Report of the Indian Hemp Drugs Commission, 1894-1895 - Volume VI
Year: 1894
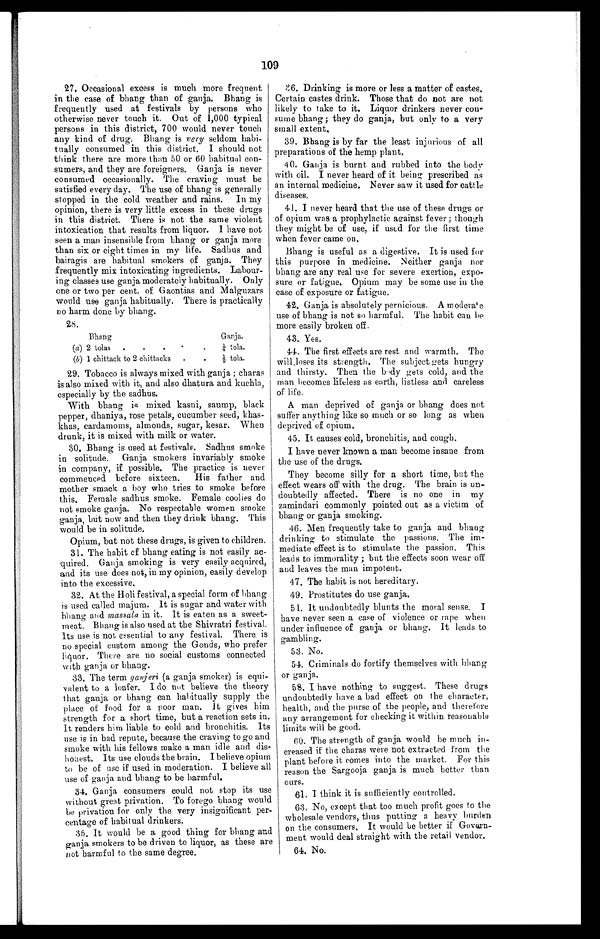
109
27. Occasional excess is much more frequent
in the case of bhang than of ganja. Bhang is
frequently used at festivals by persons who
otherwise never touch it. Out of 1,000 typical
persons in this district, 700 would never touch
any kind of drug. Bhang is very seldom habi
- t u a l l y c o n s u m e d i n t h i s d i s t r i c t . I s h o u l d n o t
think there are more than 50 or 60 habitual con
- s u m e r s , a n d t h e y a r e f o r e i g n e r s . G a n j a i s n e v e r
consumed occasionally. The craving must be
satisfied every day. The use of bhang is generally
stopped in the cold weather and rains. In my
opinion, there is very little excess in these drugs
in this district. There is not the same violent
intoxication that results from liquor. I have not
s e e n a ma n i n s e n s i b l e f r o m b h a n g o r g a n j a mo r e
than six or eight times in my life. Sadhus and
bairagis are habitual smokers of ganja. They
frequently mix intoxicating ingredients. Labour
- i n g c l a s s e s u s e g a n j a m o d e r a t e l y h a b i t u a l l y . O n l y
one or two per cent. of Gaontias and Malguzars
would use ganja habitually. There is practically
no harm done by bhang.
28.
Bhang
Ganja.
(a) 2 tolas
1/4 tola.
(b) 1 chittack to 2 chittacks 1/2 tola.
29. Tobacco is always mixed with ganja; charas
is also mixed with it and also dhatura and kuchla,
especially by the sadhus.
With bhang is mixed kasni, saump, black
pepper, dhaniya, rose petals, cucumber seed, khas
- k h a s , c a r d a m o m s , a l m o n d s , s u g a r , k e s a r . W h e n
drunk, it is mixed with milk or water.
30. Bhang is used at festivals. Sadhus smoke
in solitude. Ganja smokers invariably smoke
in company, if possible. The practice is never
commenced before sixteen. His father and
mother smack a boy who tries to smoke before
this. Female sadhus smoke. Female coolies do
not smoke ganja. No respectable women smoke
ganja, but now and then they drink bhang. This
would be in solitude.
Opium, but not these drugs, is given to children.
31. The habit of bhang eating is not easily ac
- q u i r e d . G a n j a s m o k i n g i s v e r y e a s i l y a c q u i r e d ,
and i t s use does not , i n my opi ni on, easi l y devel op
into the excessive.
32. At the Holi festival, a special form of bhang
is used called majum. It is sugar and water with
bhang and massalain it. It is eaten as a sweet
- m e a t . B h a n g i s a l s o u s e d a t t h e S h i v r a t r i f e s t i v a l .
Its use is not essential to any festival. There is
no special custom among the Gonds, who prefer
liquor. There are no social customs connected
with ganja or bhang.
33. The term ganj er i (a ganja smoker) is equi
- v a l e n t t o a l o a f e r . I d o n o t b e l i e v e t h e t h e o r y
that ganja or bhang can habitually supply the
place of food for a poor man. It gives him
strength for a short time, but a reaction sets in.
It renders him liable to cold and bronchitis. Its
use is in bad repute, because the craving to go and
smoke with his fellows make a man idle and dis
-honest. Its use clouds the brain. I believe opium
to be of use if used in moderation. I believe all
use of ganja and bhang to be harmful.
34. Ganja, consumers could not stop its use
without great privation. To forego bhang would
be privation for only the very insignificant per
- c e n t a g e o f h a b i t u a l d r i n k e r s .
35. It would be a good thing for bhang and
ganja smokers to be driven to liquor, as these are
not harmful to the same degree.
3 6 . D r i n k i n g i s m o r e o r l e s s a m a t t e r o f c a s t e s .
Certain castes drink. Those that do not are not
likely to take to it. Liquor drinkers never con
- s u m e b h a n g ; t h e y d o g a n j a , b u t o n l y t o a v e r y
small extent.
39. Bhang is by far the least injurious of all
preparations of the hemp plant.
40. Ganja is burnt and rubbed into the body
with oil. I never heard of it being prescribed as
an internal medicine. Never saw it used for cattle
diseases.
41. I never heard that the use of these drugs or
of opium was a prophylactic against fever; though
they might be of use, if used for the first time
when fever came on.
Bhang is useful as a digestive. It is used for
this purpose in medicine. Neither ganja nor
bhang are any real use for severe exertion, expo
- s u r e o r f a t i g u e . O p i u m m a y b e s o m e u s e i n t h e
case of exposure or fatigue.
42. Ganja is absolutely pernicious. A moderate
use of bhang is not so harmful. The habit can be
more easily broken off.
43. Yes.
44. The first effects are rest and warmth. The
will loses its strength. The subject gets hungry
and thirsty. Then the body gets cold, and the
man becomes lifeless as earth, listless and careless
of life.
A man deprived of ganja or bhang does not
suffer anything like so much or so long as when
deprived of opium.
45. It causes cold, bronchitis, and cough.
I have never known a man become insane from
the use of the drugs.
They become silly for a short time, but the
effect wears off with the drug. The brain is un
- d o u b t e d l y a f f e c t e d . T h e r e i s n o o n e i n m y
zamindari commonly pointed out as a victim of
bhang or ganja smoking.
46. Men frequently take to ganja and bhang
drinking to stimulate the passions. The im
- m e d i a t e e f f e c t i s t o s t i m u l a t e t h e p a s s i o n . T h i s
leads to immorality; but the effects soon wear off
and leaves the man impotent.
47. The habit is not hereditary
.
49. Prostitutes do use ganja.
51. It undoubtedly blunts the moral sense. I
have never seen a case of violence or rape when
under influence of ganja or bhang. It leads to
gambling.
53. No.
54. Criminals do fortify themselves with bhang
or ganja.
58. I have nothing to suggest. These drugs
undoubtedly have a bad effect on the character,
health, and the purse of the people, and therefore
any arrangement for checking it within reasonable
limits will be good.
60. The strength of ganja would be much in
- c r e a s e d i f t h e c h a r a s w e r e n o t e x t r a c t e d f r o m t h e
plant before it comes into the market. For this
reason the Sargooja ganja is much better than
ours.
61. I think it is sufficiently controlled.
63. No, except that too much profit goes to the
wholesale vendors, thus putting a heavy burden
on the consumers. It would be better if Govern
- m e n t w o u l d d e a l s t r a i g h t w i t h t h e r e t a i l v e n d o r .
64. No.